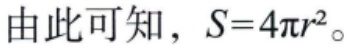
由此可知，\(S = 4\pi r^{2}\)。